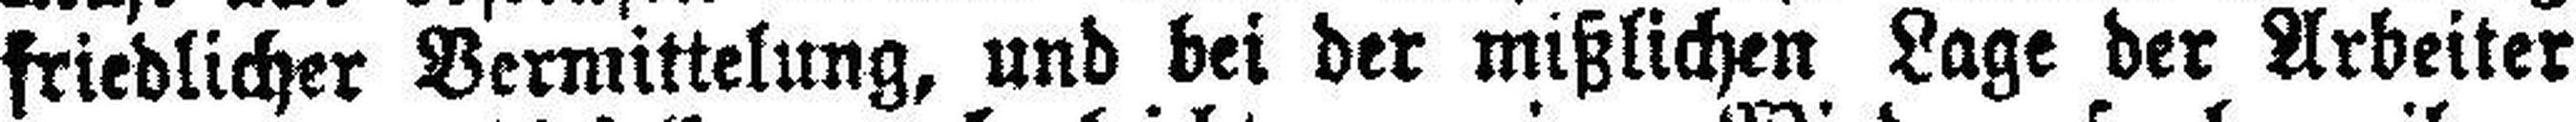
friedlicher Vermittelung, und bei der mißlichen Lage der Arbeiter